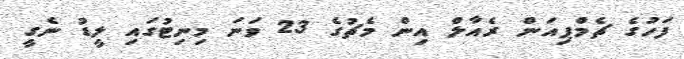
ފަހުގެ ޗެމްޕިއަން ރެއާލް އިން މެޗުގެ 23 ވަނަ މިނިޓުގައި ލީޑު ނެގީ